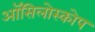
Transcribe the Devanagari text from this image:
ऑसिलोस्कोप